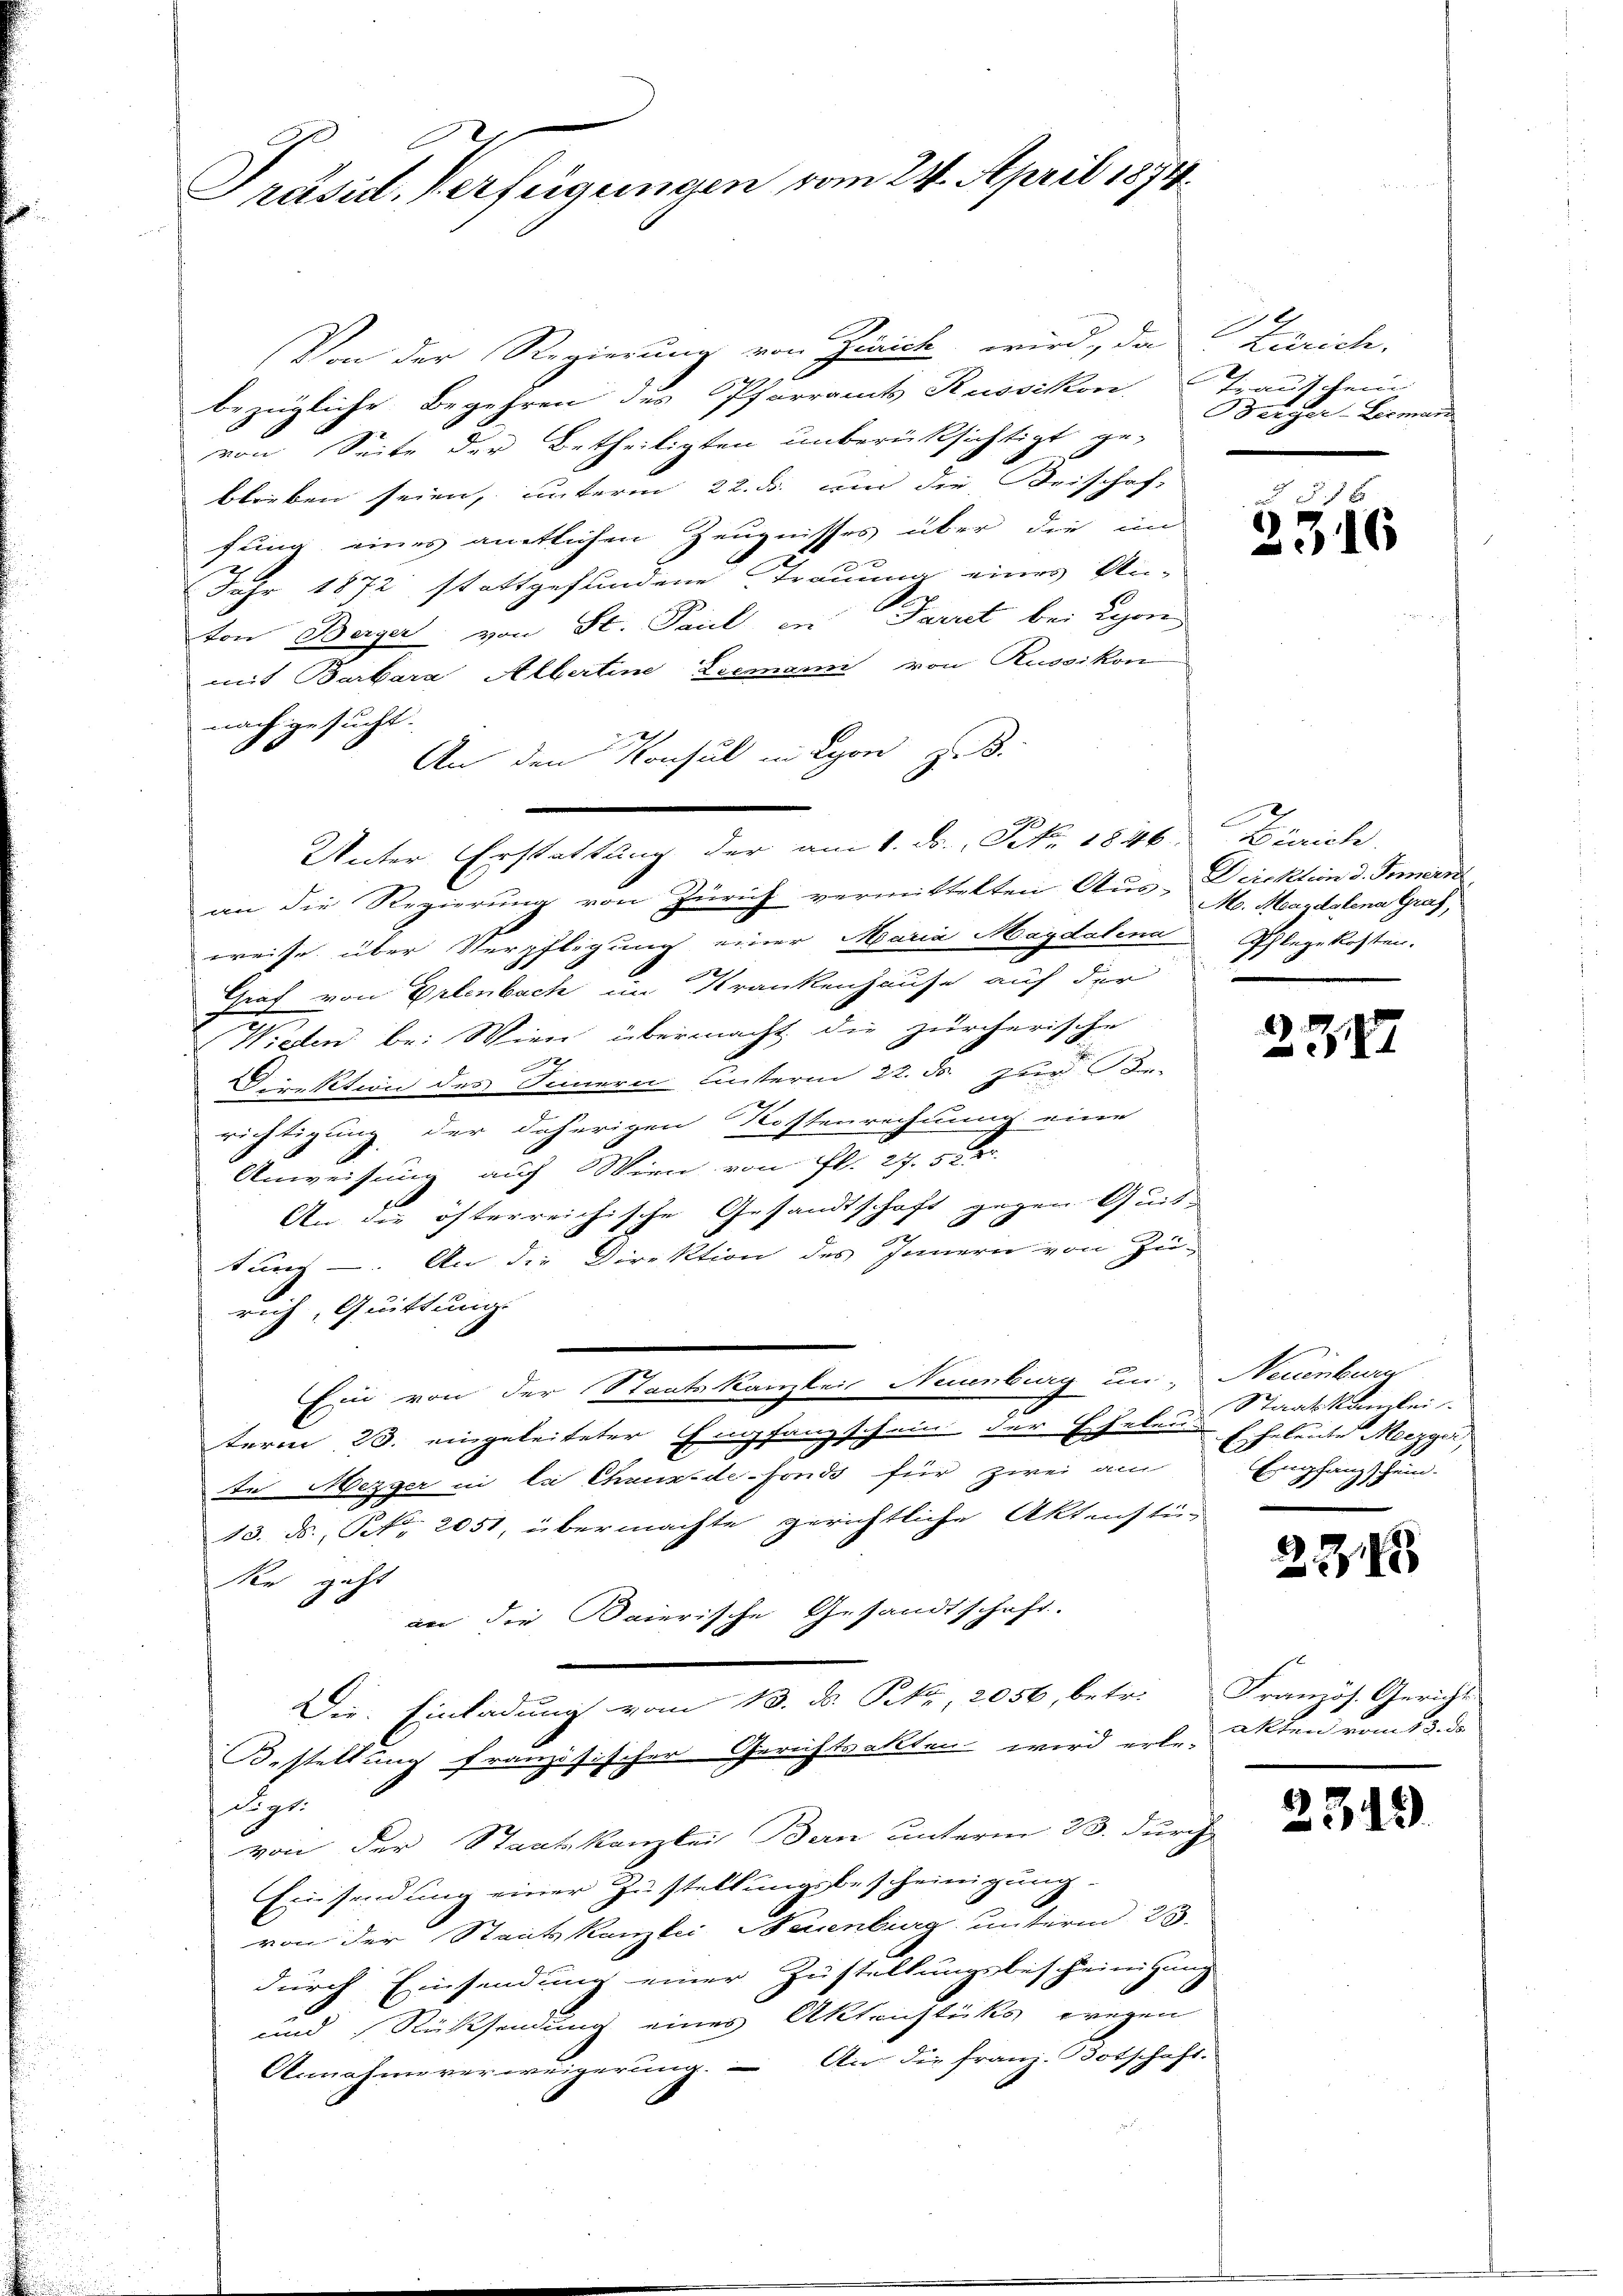
Präsid. Verfügungen vom 24. April 1874.

Von der Regierung von Zurick wird, das Zürich.
bezügliche Begehren des Pfarramts Russikon, Trauschein
von Seite der Betheiligten unberücksichtigt ge-
blieben seien, unterm 22. ds. an die Beischef-
fung eines amtlichen Zeugnisses über die im
Jahr 1872 stattgefundene Trauung eines An-
ton Berger von St. Paul in Parret bei Lyon
mit Barbara Albertine Leemanni von Russikon
nach gesucht.
An den Konsul in Lyon z. B.
Unter Erstattŭng der am 1. ds. Frk. 1846. Zürich,
an die Regierung von Zürich vermittelten Aus-Deichten d. Innern
weise über Verpflegung einer Maria Magdalena Schlegekosten.
Graf von Erlenbach im Krankenhause auf der
Wichten bei Wien übermacht die zürcherische
2
Direktion des Innern unterm 22. F. zur Be-
richtigung der daherigen Kostenrechnung eine
Anweisung auf Wien von fl. 27. 5 er
An die österreichische Gesandtschaft gegen Quit
tung. An die Direktion des Innern von Zu-
rich, Quittung.
Ein von der Staatskanzlei Neuenburg un- Neuenburg
term 28. eingeleiteter Empfangschein der Eheleu
te Mezger in la Chaux-de-Fonds für zwei am
10. ds., Nr. 2051, übermachte gerichtliche Aktenstü
Re geht
an die Baierische Gesandtschaft.
Die Einladung vom 13. d. P.k., 2050, betr. Französ. Gerichts
Bestellung französischer Gerichtsakten wird erle-
digt.
von der Staatskanzlei Bern unterm 23. durch
Einsendung einer Zustellungsbescheinigung
von der Staatskanzlei Neuenburg unterm 23.
durch Einsendung einer Zustellungsbescheinigung
und Rücksendung eines Aktenstücks wegen
Annahmeverweigerung. An die Franz-Botschaft.

Beicher-Berman

7 x
2316

Mo. Magdalena Graf,

237

Staatskanzlei.
Echeleute Mezger
Empfangs sein.

A. Z

akten vom 13. de

2349.